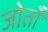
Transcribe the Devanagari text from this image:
जोताँ